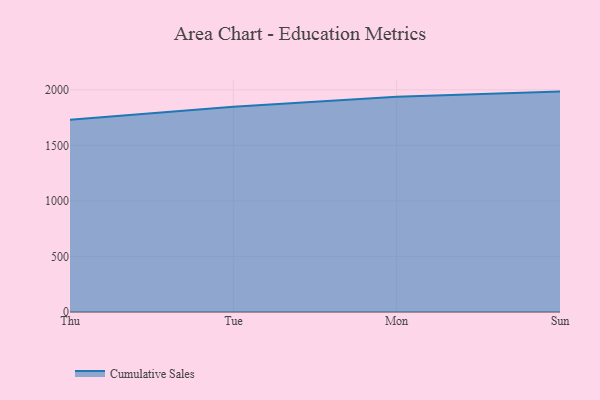
{"axis": {"x": "Day", "y": "Headcount"}, "legend": ["Cumulative Sales"], "data": [{"x": "Thu", "y": 1730.8, "type": "Cumulative Sales"}, {"x": "Tue", "y": 1847.5, "type": "Cumulative Sales"}, {"x": "Mon", "y": 1937.1, "type": "Cumulative Sales"}, {"x": "Sun", "y": 1983.9, "type": "Cumulative Sales"}]}